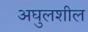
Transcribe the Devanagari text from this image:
अघुलशील